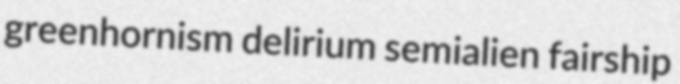
greenhornism delirium semialien fairship